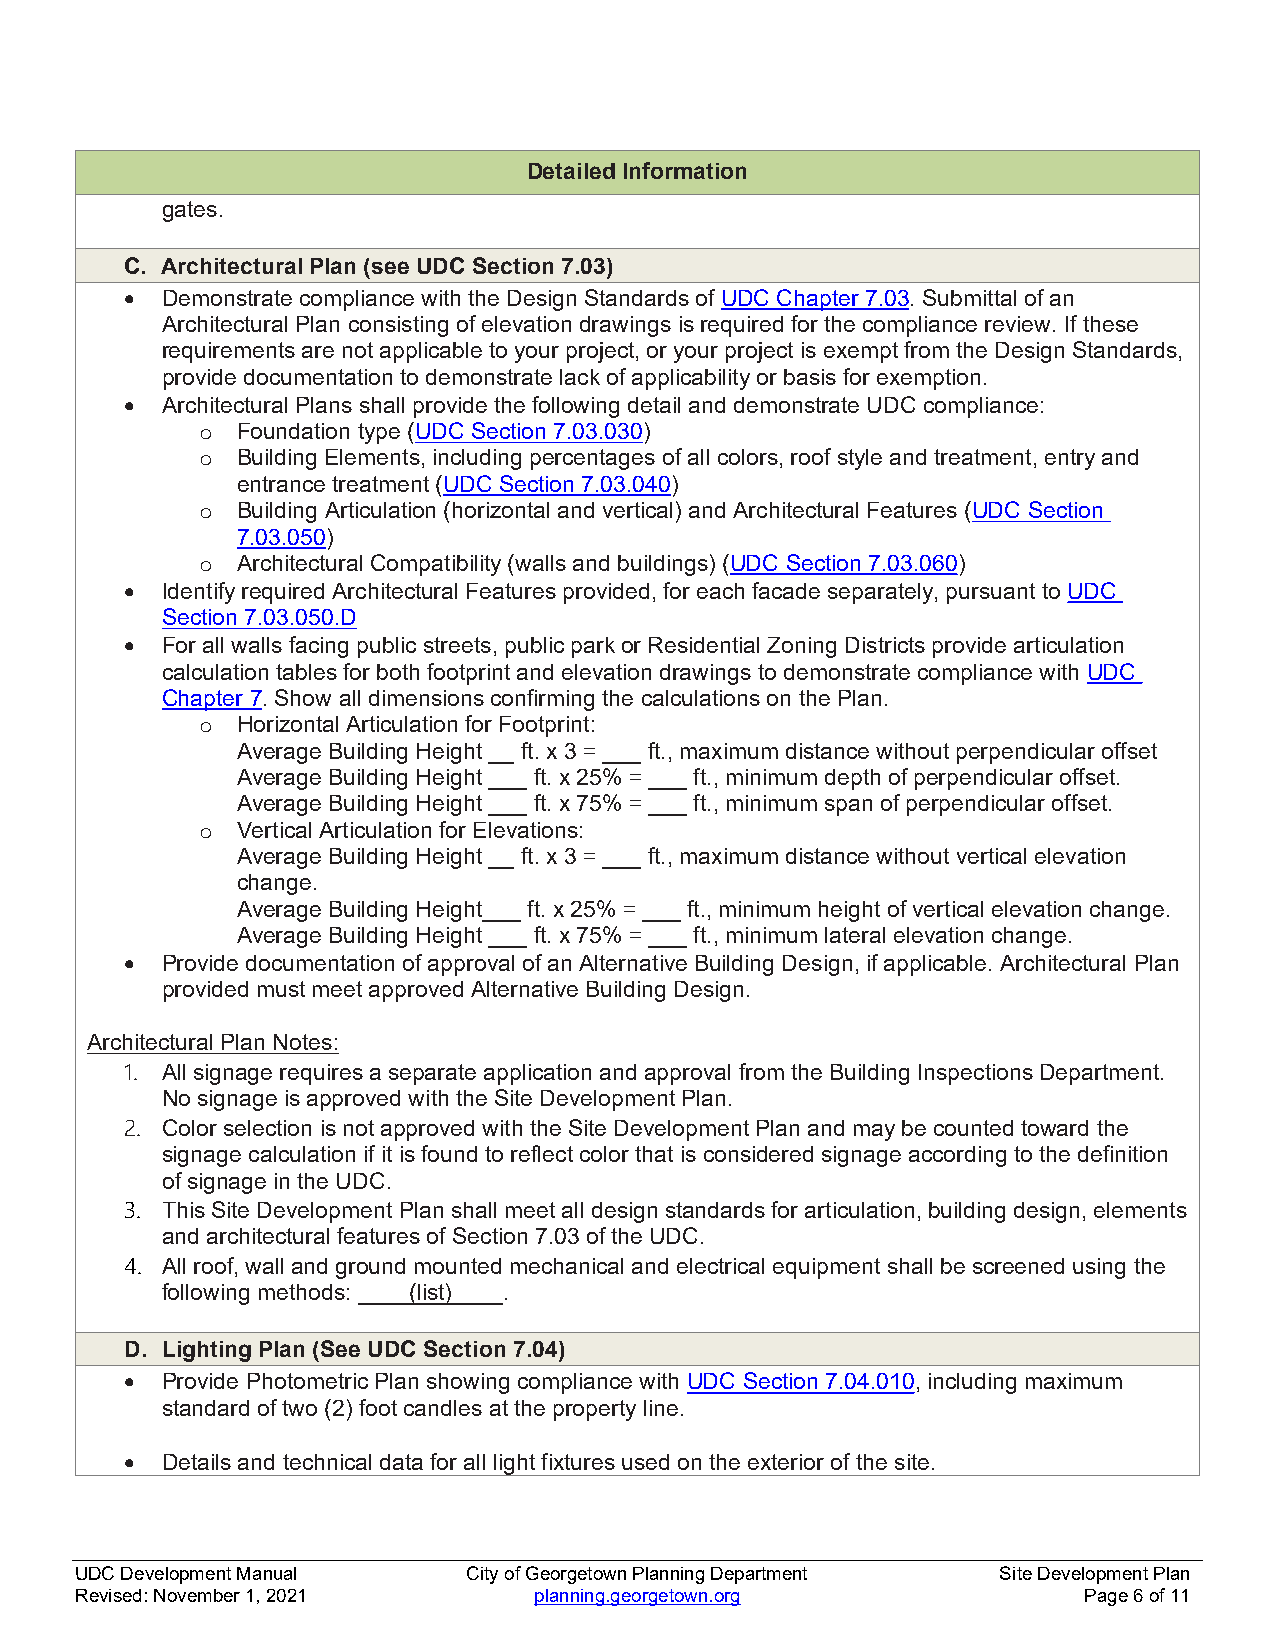
Detailed Information
 gates.
 C. Architectural Plan (see UDC Section 7.03)
   Demonstrate compliance with the Design Standards of UDC Chapter 7.03. Submittal of an
 Architectural Plan consisting of elevation drawings is required for the compliance review. If these
 requirements are not applicable to your project, or your project is exempt from the Design Standards,
 provide documentation to demonstrate lack of applicability or basis for exemption.
   Architectural Plans shall provide the following detail and demonstrate UDC compliance:
 o  Foundation type (UDC Section 7.03.030)
 o  Building Elements, including percentages of all colors, roof style and treatment, entry and
 entrance treatment (UDC Section 7.03.040)
 o  Building Articulation (horizontal and vertical) and Architectural Features (UDC Section
 7.03.050)
 o  Architectural Compatibility (walls and buildings) (UDC Section 7.03.060)
   Identify required Architectural Features provided, for each facade separately, pursuant to UDC
 Section 7.03.050.D
   For all walls facing public streets, public park or Residential Zoning Districts provide articulation
 calculation tables for both footprint and elevation drawings to demonstrate compliance with UDC
 Chapter 7. Show all dimensions confirming the calculations on the Plan.
 o  Horizontal Articulation for Footprint:
 Average Building Height __ ft. x 3 = ___ ft., maximum distance without perpendicular offset
 Average Building Height ___ ft. x 25% = ___ ft., minimum depth of perpendicular offset.
 Average Building Height ___ ft. x 75% = ___ ft., minimum span of perpendicular offset.
 o  Vertical Articulation for Elevations:
 Average Building Height __ ft. x 3 = ___ ft., maximum distance without vertical elevation
 change.
 Average Building Height___ ft. x 25% = ___ ft., minimum height of vertical elevation change.
 Average Building Height ___ ft. x 75% = ___ ft., minimum lateral elevation change.
   Provide documentation of approval of an Alternative Building Design, if applicable. Architectural Plan
 provided must meet approved Alternative Building Design.
 Architectural Plan Notes:
 1. All signage requires a separate application and approval from the Building Inspections Department.
 No signage is approved with the Site Development Plan.
 2. Color selection is not approved with the Site Development Plan and may be counted toward the
 signage calculation if it is found to reflect color that is considered signage according to the definition
 of signage in the UDC.
 3. This Site Development Plan shall meet all design standards for articulation, building design, elements
 and architectural features of Section 7.03 of the UDC.
 4. All roof, wall and ground mounted mechanical and electrical equipment shall be screened using the
 following methods: (list) .
 D. Lighting Plan (See UDC Section 7.04)
   Provide Photometric Plan showing compliance with UDC Section 7.04.010, including maximum
 standard of two (2) foot candles at the property line.
   Details and technical data for all light fixtures used on the exterior of the site.
 UDC Development Manual    City of Georgetown Planning Department Site Development Plan
 Revised: November 1, 2021     planning.georgetown.org              Page 6 of 11